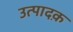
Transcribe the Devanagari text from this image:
उत्पादक़